Scientific memoirs by medical officers of the Army of India - Part X,
Year: 1897
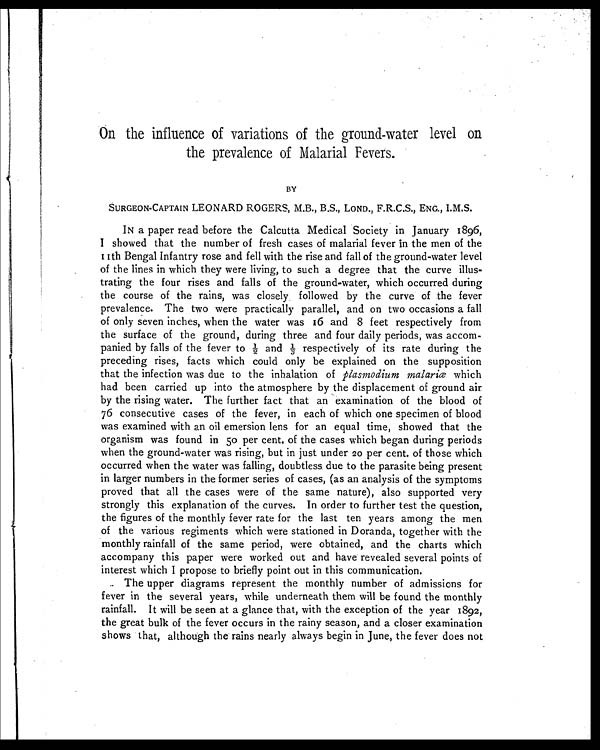
On the influence of variations of the ground-water level on
the prevalence of Malarial Fevers.
BY
SURGEON-CAPTAIN LEONARD ROGERS, M.B., B.S., LOND., F. R. C. S., ENG., I.M.S.
IN a paper read before the Calcutta Medical Society in January 1896,
I showed that the number of fresh cases of malarial fever in the men of the
11th Bengal Infantry rose and fell with the rise and fall of the ground-water level
of the lines in which they were living, to such a degree that the curve illus-
trating the four rises and falls of the ground-water, which occurred during
the course of the rains, was closely followed by the curve of the fever
prevalence. The two were practically parallel, and on two occasions a fall
of only seven inches, when the water was 16 and 8 feet respectively from
the surface of the ground, during three and four daily periods, was accom-
panied by falls of the fever to ½a n d 1 / 3
r e s p e c t i v e l y o f i t s r a t e d u r i n g t h e
preceding rises, facts which could only be explained on the supposition
that the infection was due to the inhalation of plasmodium malariœ which
had been carried up into the atmosphere by the displacement of ground air
by the rising water. The further fact that an examination of the blood of
76 consecutive cases of the fever, in each of which one specimen of blood
was examined with an oil emersion lens for an equal time, showed that the
organism was found in 50 per cent. of the cases which began during periods
when the ground-water was rising, but in just under 20 per cent. of those which
occurred when the water was falling, doubtless due to the parasite being present
in larger numbers in the former series of cases, (as an analysis of the symptoms
proved that all the cases were of the same nature), also supported very
strongly this explanation of the curves. In order to further test the question,
the figures of the monthly fever rate for the last ten years among the men
of the various regiments which were stationed in Doranda, together with the
monthly rainfall of the same period, were obtained, and the charts which
accompany this paper were worked out and have revealed several points of
interest which I propose to briefly point out in this communication.
The upper diagrams represent the monthly number of admissions for
fever in the several years, while underneath them will be found the monthly
rainfall. It will be seen at a glance that, with the exception of the year 1892,
the great bulk of the fever occurs in the rainy season, and a closer examination
shows that, although the rains nearly always begin in June, the fever does not